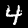
Digit: 4